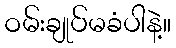
ဝမ်းချုပ်မခံပါနဲ့။